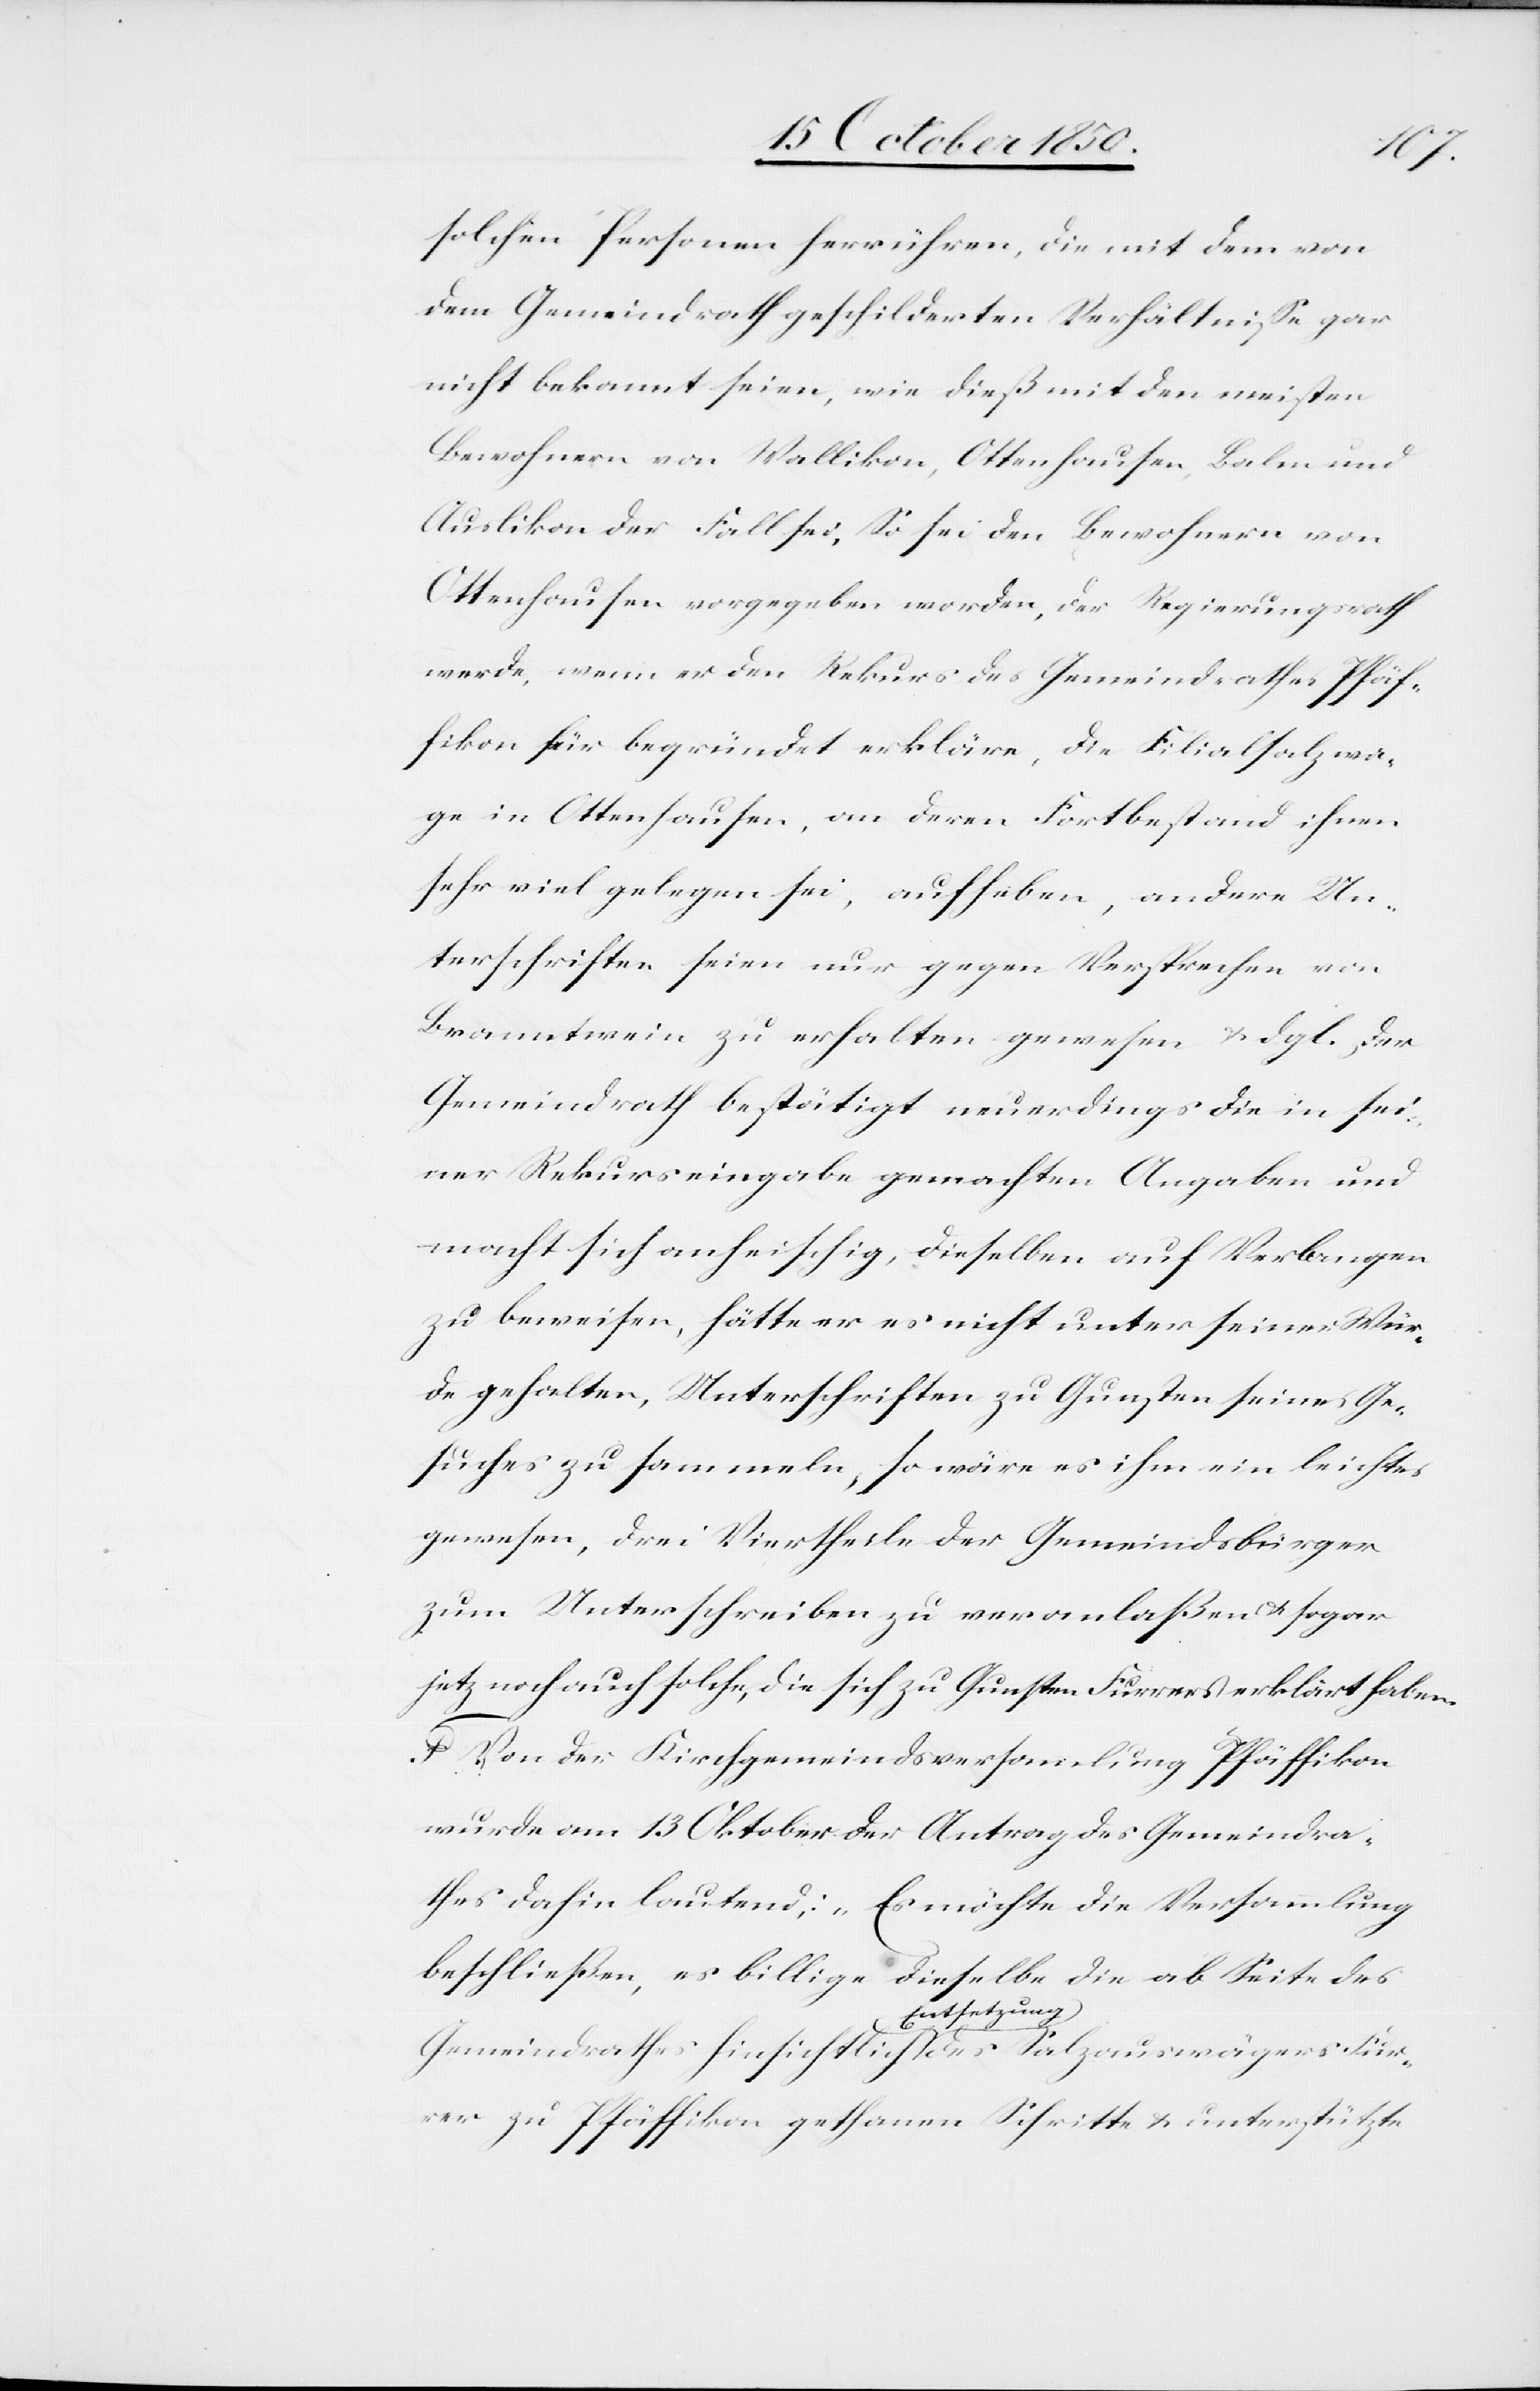
solchen Personen herrühren, die mit dem von
dem Gemeindrath geschilderten Verhältnisse gar
nicht bekannt seien, wie dieß mit den meisten
Bewohnern von Wallikon, Ottenhausen, Balm und
Auslikon der Fall sei. So sei den Bewohnern von
Ottenhausen vorgegeben worden, der Regierungsrath
werde, wenn er den Rekurs des Gemeindrathes Pfäf¬
fikon für begründet erkläre, die Filialsalzwa¬
ge in Ottenhausen, an deren Fortbestand ihnen
sehr viel gelegen sei, aufheben, andere Un¬
terschriften seien nur gegen Versprechen von
Branntwein zu erhalten gewesen & dgl. Der
Gemeindrath bestätigt neuerdings die in sei¬
ner Rekurseingabe gemachten Angaben und
macht sich anheischig, dieselben auf Verlangen
zu beweisen, hätte er es nicht unter seiner Wür¬
de gehalten, Unterschriften zu Gunsten seines Ge¬
suches zu sammeln, so wäre es ihm ein leichtes
gewesen, drei Viertheile der Gemeindsbürger
zum Unterschreiben zu veranlaßen & sogar
jetz noch auch solche, die sich zu Gunsten Furrers erklärt haben.
F Von der Kirchgemeindsversammlung Pfäffikon
wurde am 13 Oktober der Antrag des Gemeindrah¬
tes dahin lautend,: „Es möchte die Versammlung
beschließen, es billige dieselbe die ab Seite des
Gemeindrathes hinsichtlich Entsetzung des Salzauswägers Fur¬
rer zu Pfäffikon gethanen Schritte & unterstützte